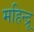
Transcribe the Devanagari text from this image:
महिन्द्रू